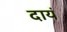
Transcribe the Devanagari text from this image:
दायं